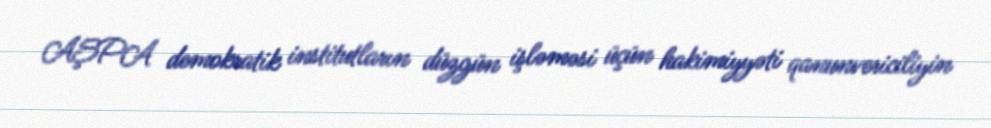
AŞPA demokratik institutların düzgün işləməsi üçün hakimiyyəti qanunvericiliyin